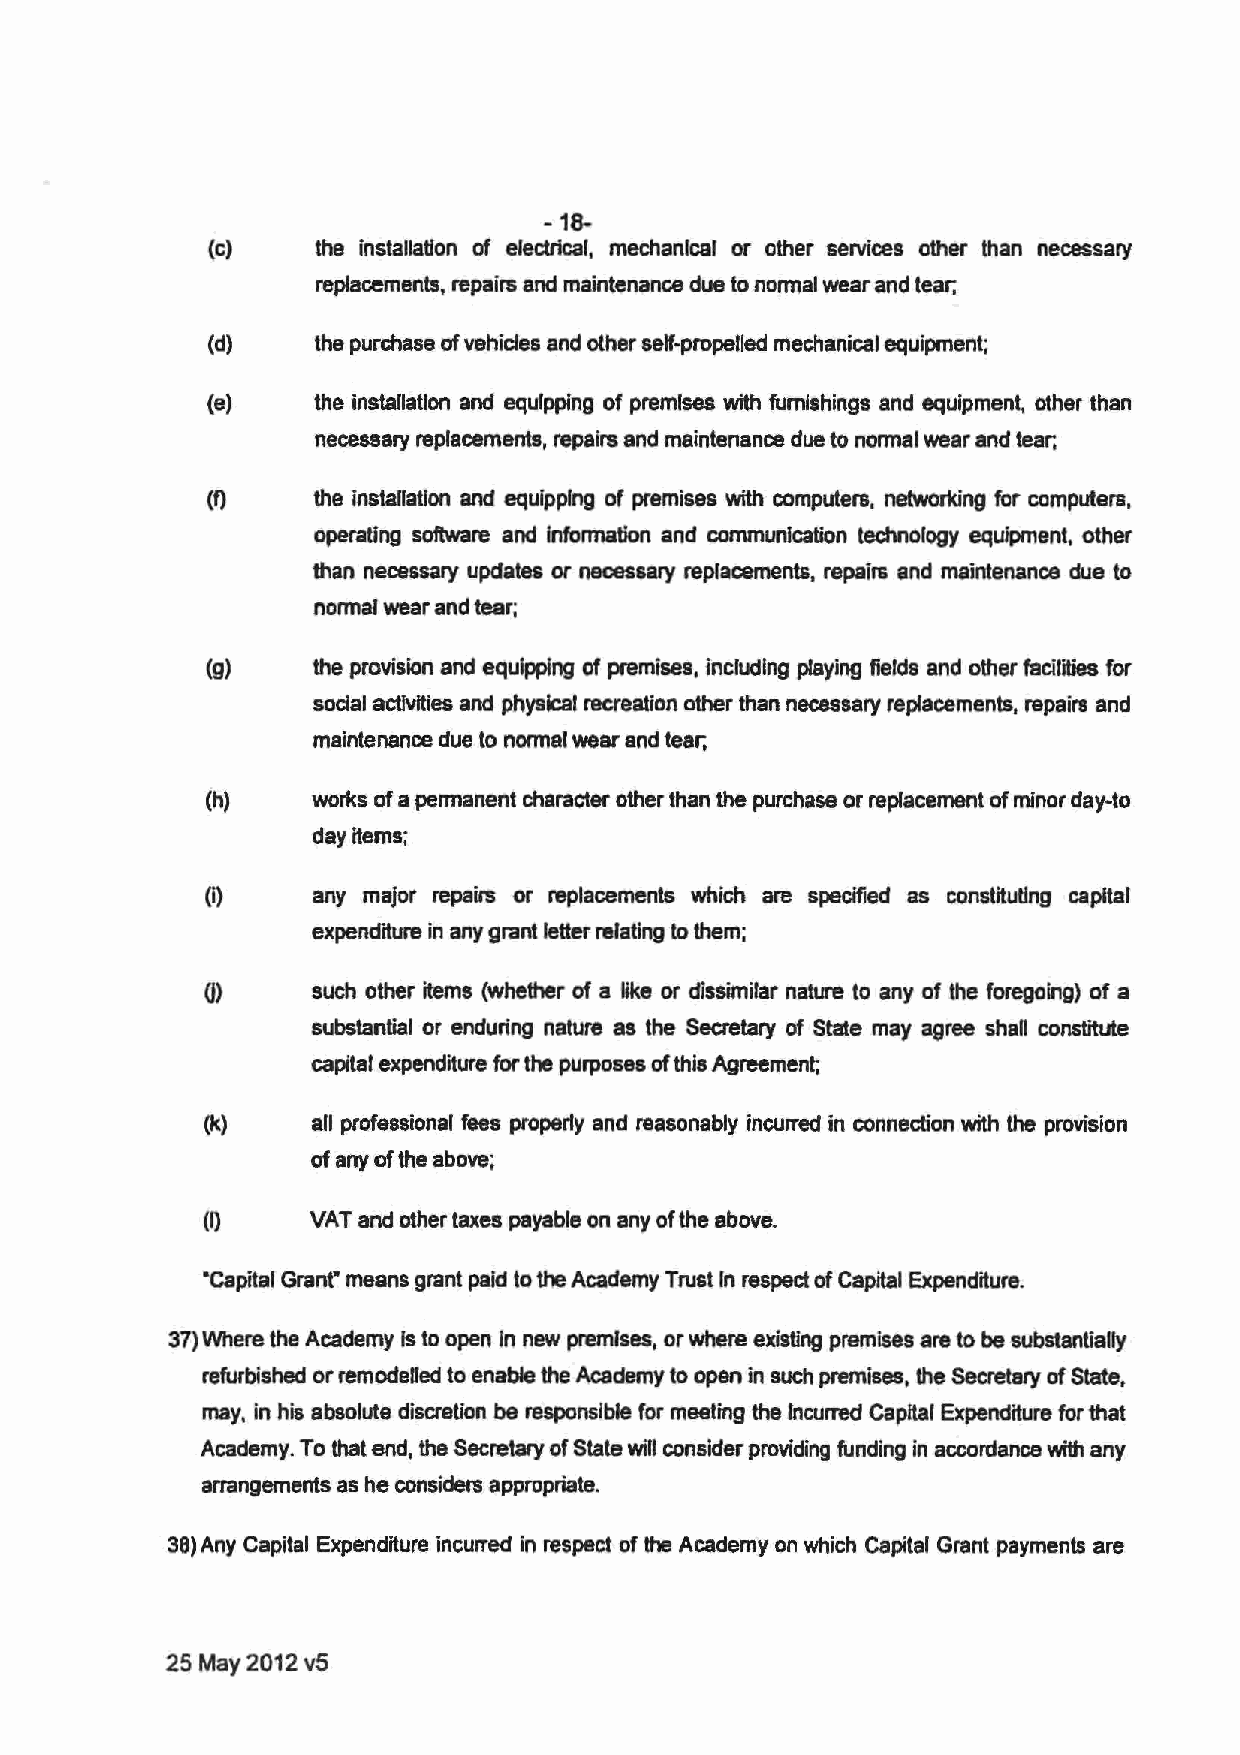
-18-
 (c)    the installation of electrical, mechanical or other services other than necessary
 replacements, repairs and maintenance due to nonnal wear and tear:
 (d)    the purchase of vehicles and other self-propelled mechanical equipment;
 (e)    the installation and equipping of premises with furnishings and equipment, other than
 necessary replacements, repairs and maintenance due to nonnal wear and tear.
 (f)    the installation and equipping of premises with computers, networking for computers,
 operating software and infonnation and communication technology equipment, other
 than necessary updates or necessary replacements, repairs and maintenance due to
 nonnal wear and tear;
 (g)    the provision and equipping of premises, including playing fields and other facilities for
 social activities and physical recreation other than necessary replacements, repairs and
 maintenance due to nonnal wear and tear,
 (h)    works of a pennanent character other than the purchase or replacement of minor day-to
 day items;
 (i)    any major repairs or replacements which are specified as constituting capital
 expenditure in any grant letter relating to them;
 0)     such other items (whether of a like or dissimilar nature to any of the foregoing) of a
 substantial or enduring nature as the Secretary of State may agree shall constitute
 capital expenditure for the purposes of this Agreement,
 (k)    all professional fees property and reasonably incurred in connection with the provision
 of any of the above;
 (Q     VAT and other taxes payable on any of the above.
 •capital Grant• means grant paid to the Academy Trust In respect of Capital Expenditure.
 37) Where the Academy is to open In new premises, or where existing premises are to be substanUaRy
 refurbished or remodefted to enable the Academy to open in such premises, the Secretary of State,
 may, in his absolute discretion be responsible for meeting the Incurred Capital Expenditure for that
 Academy. To that end, the Secretary of State will consider providing funding in accordance with any
 arrangements as he considers appropriate.
 38) Any Capital Expenditure incurred in respect of the Academy on which Capital Grant payments are
 25 May 2012 v5